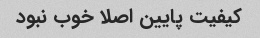
کیفیت پایین اصلا خوب نبود